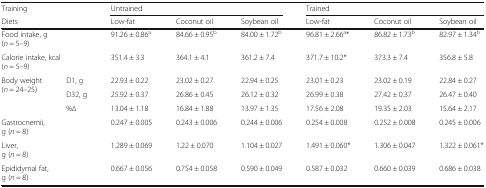
| <COLSPAN=2> Training | <COLSPAN=3> Untrained | <COLSPAN=3> Trained |
 | <COLSPAN=2> Diets | Low-fat | Coconut oil | Soybean oil | Low-fat | Coconut oil | Soybean oil |
 | --- | --- | --- | --- | --- | --- | --- | --- |
 | <COLSPAN=2> Food intake, g(n = 5–9) | 91.26 ± 0.86a | 84.66 ± 0.95b | 84.00 ± 1.72b | 96.81 ± 2.66a* | 86.82 ± 1.73b | 82.97 ± 1.34b |
 | <COLSPAN=2> Calorie intake, kcal(n = 5–9) | 351.4 ± 3.3 | 364.1 ± 4.1 | 361.2 ± 7.4 | 371.7 ± 10.2* | 373.3 ± 7.4 | 356.8 ± 5.8 |
 | <ROWSPAN=3> Body weight(n = 24–25) | D1, g | 22.93 ± 0.22 | 23.02 ± 0.27 | 22.94 ± 0.25 | 23.01 ± 0.23 | 23.02 ± 0.19 | 22.84 ± 0.27 |
 | D32, g | 25.92 ± 0.37 | 26.86 ± 0.45 | 26.12 ± 0.32 | 26.99 ± 0.38 | 27.42 ± 0.37 | 26.47 ± 0.40 |
 | %∆ | 13.04 ± 1.18 | 16.84 ± 1.88 | 13.97 ± 1.35 | 17.56 ± 2.08 | 19.35 ± 2.03 | 15.64 ± 2.17 |
 | <COLSPAN=2> Gastrocnemii,g (n = 8) | 0.247 ± 0.005 | 0.243 ± 0.006 | 0.244 ± 0.006 | 0.254 ± 0.008 | 0.252 ± 0.008 | 0.245 ± 0.006 |
 | <COLSPAN=2> Liver,g (n = 8) | 1.289 ± 0.069 | 1.22 ± 0.070 | 1.104 ± 0.027 | 1.491 ± 0.060* | 1.306 ± 0.047 | 1.322 ± 0.061* |
 | <COLSPAN=2> Epididymal fat,g (n = 8) | 0.667 ± 0.056 | 0.754 ± 0.058 | 0.590 ± 0.049 | 0.587 ± 0.032 | 0.660 ± 0.039 | 0.686 ± 0.038 |